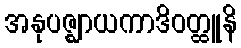
အနုပဇ္ဈာယကာဒိဝတ္ထူနိ